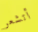
أتشعر